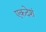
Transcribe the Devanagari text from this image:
एकदेशं